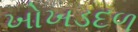
ખોખડદળ